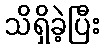
သိရှိခဲ့ပြီး